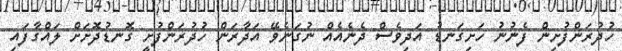
ހުދުރަންފުށިން ފެނުނު ހަށިގަނޑު އަދިވެސް ދެނެއެއް ނުގަނެވޭ އަދާރަން ހުދުރަންފުށީ ގޮނޑުދޮށަށް ލައްގާފައި